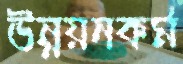
উন্নয়নকর্ম